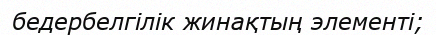
бедербелгілік жинақтың элементі;